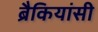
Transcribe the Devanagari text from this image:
ब्रैकियांसी